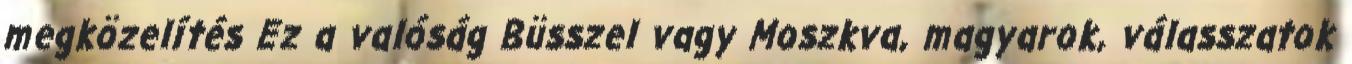
megközelítés Ez a valóság Büsszel vagy Moszkva, magyarok, válasszatok